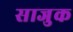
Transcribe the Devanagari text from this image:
साजुक